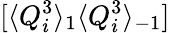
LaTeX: [\langle Q_{i}^{3}\rangle_{1}\langle Q_{i}^{3}\rangle_{-1}]